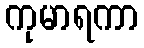
ကုမာရကာ